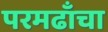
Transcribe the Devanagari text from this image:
परमढाँचा